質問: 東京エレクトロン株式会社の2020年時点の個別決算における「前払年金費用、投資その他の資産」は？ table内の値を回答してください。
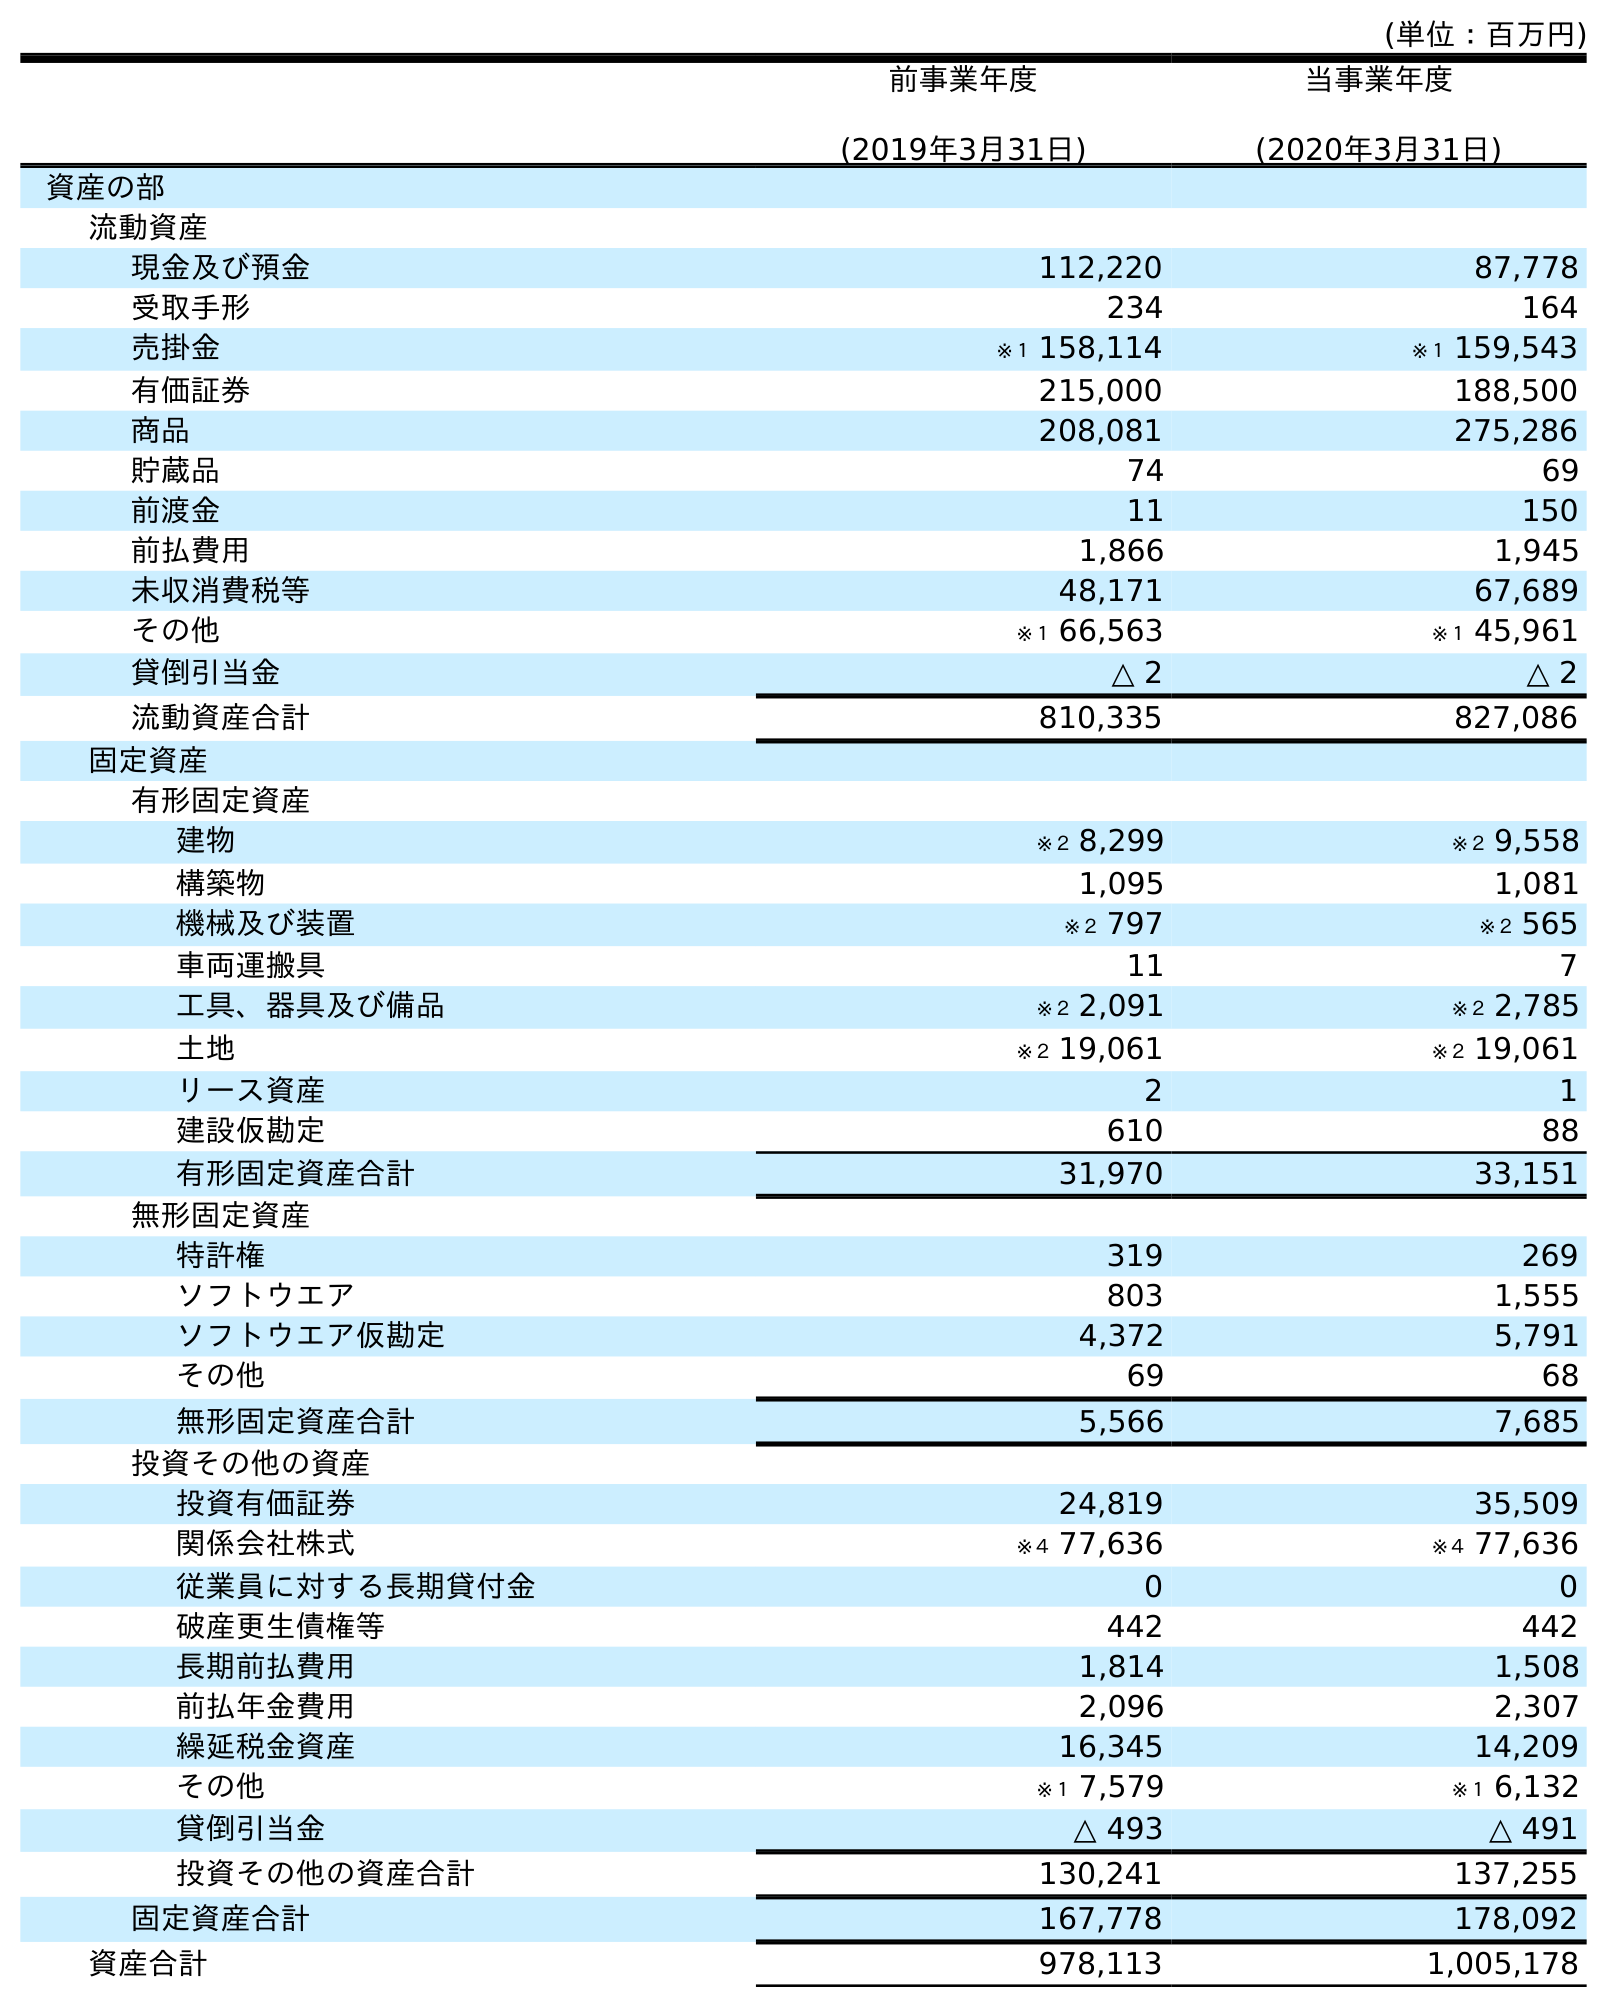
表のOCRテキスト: (単位：百万円) 前事業年度 (2019年3月31日) 当事業年度 (2020年3月31日) 資産の部 流動資産 現金及び預金 112,220 87,778 受取手形 234 164 売掛金 ※１ 158,114 ※１ 159,543 有価証券 215,000 188,500 商品 208,081 275,286 貯蔵品 74 69 前渡金 11 150 前払費用 1,866 1,945 未収消費税等 48,171 67,689 その他 ※１ 66,563 ※１ 45,961 貸倒引当金 △ 2 △ 2 流動資産合計 810,335 827,086 固定資産 有形固定資産 建物 ※２ 8,299 ※２ 9,558 構築物 1,095 1,081 機械及び装置 ※２ 797 ※２ 565 車両運搬具 11 7 工具、器具及び備品 ※２ 2,091 ※２ 2,785 土地 ※２ 19,061 ※２ 19,061 リース資産 2 1 建設仮勘定 610 88 有形固定資産合計 31,970 33,151 無形固定資産 特許権 319 269 ソフトウエア 803 1,555 ソフトウエア仮勘定 4,372 5,791 その他 69 68 無形固定資産合計 5,566 7,685 投資その他の資産 投資有価証券 24,819 35,509 関係会社株式 ※４ 77,636 ※４ 77,636 従業員に対する長期貸付金 0 0 破産更生債権等 442 442 長期前払費用 1,814 1,508 前払年金費用 2,096 2,307 繰延税金資産 16,345 14,209 その他 ※１ 7,579 ※１ 6,132 貸倒引当金 △ 493 △ 491 投資その他の資産合計 130,241 137,255 固定資産合計 167,778 178,092 資産合計 978,113 1,005,178
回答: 2,307